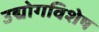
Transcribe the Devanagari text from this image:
उद्योगविशेष